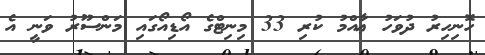
ހޮނިހިރު ދުވަހު ޢާއްމު ކުރި 33 މިނިޓްގެ އޯޑިއޯގައި މަންސޫރު ވަނީ އެ